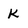
Character: k